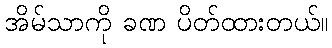
အိမ်သာကို ခဏ ပိတ်ထားတယ်။